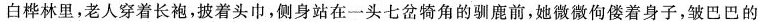
白桦林里，老人穿着长袍，披着头巾，侧身站在一头七岔犄角的驯鹿前，她微微佝偻着身子，皱巴巴的